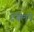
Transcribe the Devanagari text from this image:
देबेलने